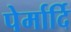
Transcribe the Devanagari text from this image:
पेर्मार्दि